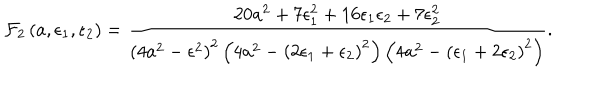
{ \cal F } _ { 2 } \left( a , \epsilon _ { 1 } , \epsilon _ { 2 } \right) = \frac { 2 0 a ^ { 2 } + 7 \epsilon _ { 1 } ^ { 2 } + 1 6 \epsilon _ { 1 } \epsilon _ { 2 } + 7 \epsilon _ { 2 } ^ { 2 } } { \left( 4 a ^ { 2 } - \epsilon ^ { 2 } \right) ^ { 2 } \left( 4 a ^ { 2 } - \left( 2 \epsilon _ { 1 } + \epsilon _ { 2 } \right) ^ { 2 } \right) \left( 4 a ^ { 2 } - \left( \epsilon _ { 1 } + 2 \epsilon _ { 2 } \right) ^ { 2 } \right) } .